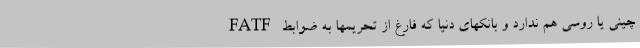
چینی یا روسی هم ندارد و بانکهای دنیا که فارغ از تحریمها به ضوابط FATF